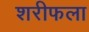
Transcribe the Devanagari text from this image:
शरीफला